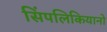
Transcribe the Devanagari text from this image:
सिंपलिकियानो